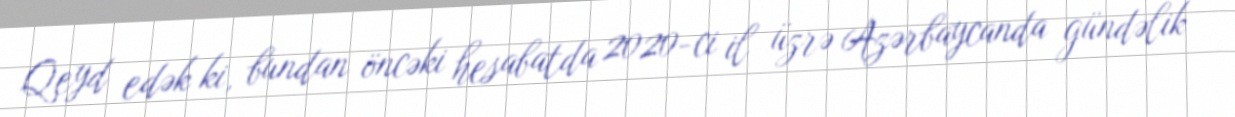
Qeyd edək ki, bundan öncəki hesabatda 2020-ci il üzrə Azərbaycanda gündəlik